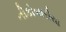
નીકોબારીયા